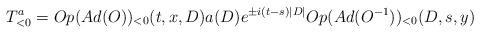
LaTeX: \begin{align*}T^a_{<0} = Op(Ad(O))_{<0}(t,x,D) a(D) e^{\pm i(t-s)|D|}Op(Ad(O^{-1}))_{<0}(D,s,y) \end{align*}